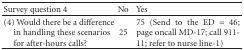
<table><thead><tr><td><b>Survey question 4</b></td><td><b>No</b></td><td><b>Yes</b></td></tr></thead><tbody><tr><td>(4) Would there be a differencein handling these scenariosfor after-hours calls?</td><td>25</td><td>75 (Send to the ED = 46; page oncall MD-17; call 911-11; refer to nurse line-1)</td></tr></tbody></table>